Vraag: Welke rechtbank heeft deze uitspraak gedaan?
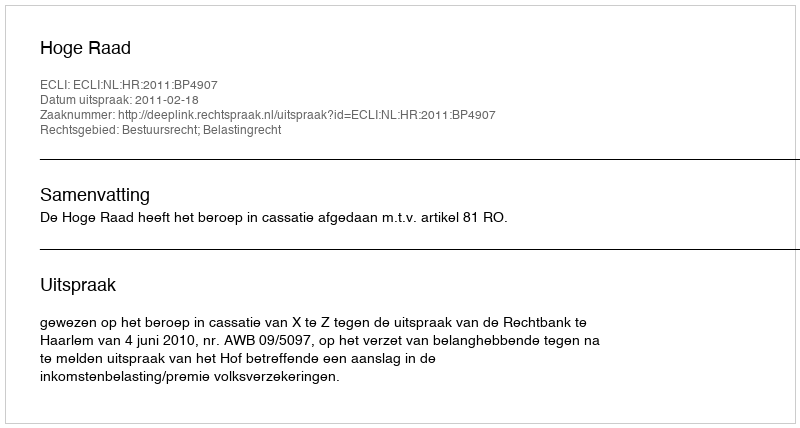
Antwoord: Hoge Raad